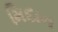
મિદાન